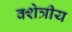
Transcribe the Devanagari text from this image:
क्शेत्रीय